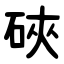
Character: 硤